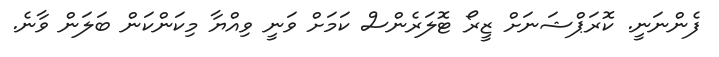
ފެންނަނީ. ކޮރަޕްޝަނަށް ޒީރޯ ޓޮލަރެންސް ކަމަށް ވަނީ ވިއްޔާ މިކަންކަން ބަލަން ވާނެ.